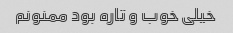
خیلی خوب و تاره بود ممنونم